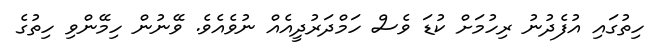
ހިތުގައި އުފެދުނު ރިހުމަށް ކުޑަ ވެސް ހަމްދަރުދީއެއް ނުވެއެވެ. ވޭނުން ހިމޭންވި ހިތުގެ